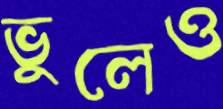
ভুলেও